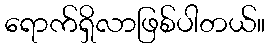
ရောက်ရှိလာဖြစ်ပါတယ်။